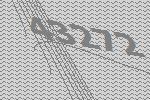
43272